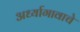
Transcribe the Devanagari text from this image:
अर्ध्यागावाचे